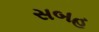
સબહ